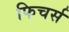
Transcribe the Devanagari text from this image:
फिचर्स